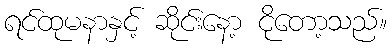
ရင်ထုမနာနှင့် ဆိုင်းနော့ ငိုတော့သည်။